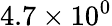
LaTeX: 4.7\times 10^{0}